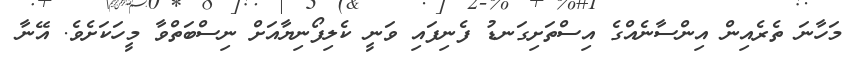
މަހާނަ ތެރެއިން އިންސާނެއްގެ އިސްތަށިގަނޑު ފެނިފައި ވަނީ ކެލިފޯނިޔާއަށް ނިސްބަތްވާ މީހަކަށެވެ. އޭނާ